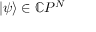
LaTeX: | \psi \rangle \in \mathbb { C } P ^ { N }